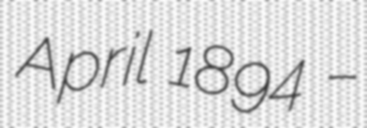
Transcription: April 1894 –